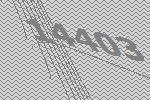
14403